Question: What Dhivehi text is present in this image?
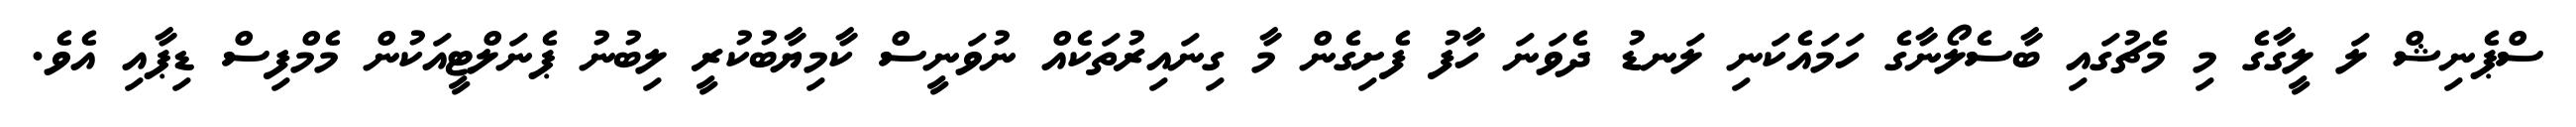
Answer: ސްޕެނިޝް ލަ ލީގާގެ މި މެޗުގައި ބާސެލޯނާގެ ހަމައެކަނި ލަނޑު ދެވަނަ ހާފު ފެށިގެން މާ ގިނައިރުތަކެއް ނުވަނީސް ކާމިޔާބުކުރީ ލިބުނު ޕެނަލްޓީއަކުން މެމްފިސް ޑިޕާއި އެވެ.